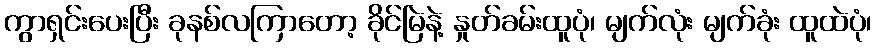
ကွာရှင်းပေးပြီး ခုနစ်လကြာတော့ ခိုင်မြဲနဲ့ နှုတ်ခမ်းထူပုံ၊ မျက်လုံး မျက်ခုံး ထူထဲပုံ၊